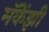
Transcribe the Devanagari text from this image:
मॅकेंझी